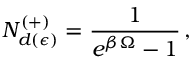
{ \cal N } _ { d ( \epsilon ) } ^ { ( + ) } = \frac { 1 } { e ^ { \beta \Omega } - 1 } \, ,